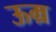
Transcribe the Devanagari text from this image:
ऊम्र